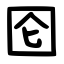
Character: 囵